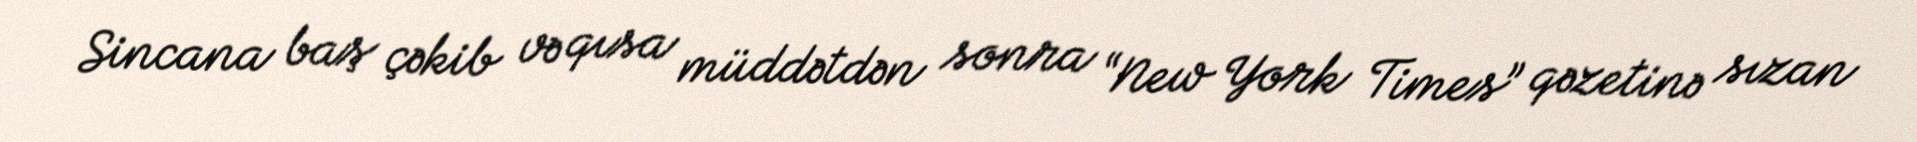
Sincana baş çəkib və qısa müddətdən sonra “New York Times” qəzetinə sızan